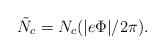
LaTeX: \begin{align*}\tilde{N}_c=N_c (|e\Phi|/2\pi).\end{align*}